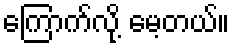
ကြောက်လို့ မေ့တယ်။